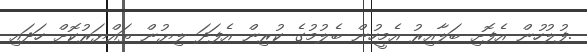
.ފުލުހުން އެފޮށި ބަލާއިރު އެމީހުން ބެލުމުގެ ކުރިން އެފަދަ ލިޔުން ތައްޔަރުކޮށް ހަދައި